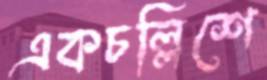
একচল্লিশে